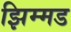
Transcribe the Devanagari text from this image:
झिम्मड